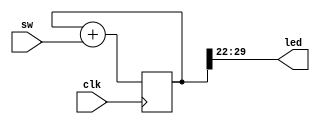
module counter
(
	input             clk,
	input      [7:0]  sw,
	output     [7:0]  led
);

reg [29:0] counter;

assign led[7:0] = counter[29:22];

always @(posedge clk) begin
	counter <= counter + sw;
end

endmodule